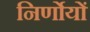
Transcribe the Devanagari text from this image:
निर्णोयों